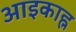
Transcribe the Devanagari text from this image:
आइकाह्न